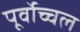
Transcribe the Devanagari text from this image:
पूर्वोच्चल